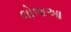
લોજઆ